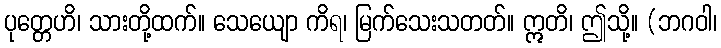
ပုတ္တေဟိ၊ သားတို့ထက်။ သေယျော ကိရ၊ မြက်သေးသတတ်။ ဣတိ၊ ဤသို့။ (ဘဂဝါ၊